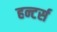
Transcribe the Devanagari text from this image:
हन्टर्स